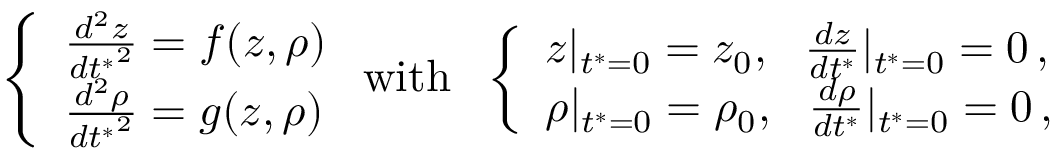
\left\{ \begin{array} { l l } { \frac { d ^ { 2 } z } { { d t ^ { * } } ^ { 2 } } = f ( z , \rho ) } \\ { \frac { d ^ { 2 } \rho } { { d t ^ { * } } ^ { 2 } } = g ( z , \rho ) } \end{array} \right. \mathrm { w i t h } \ \ \left\{ \begin{array} { l l } { z | _ { t ^ { * } = 0 } = z _ { 0 } , \ \ \frac { d z } { d t ^ { * } } | _ { t ^ { * } = 0 } = 0 \, , } \\ { \rho | _ { t ^ { * } = 0 } = \rho _ { 0 } , \ \ \frac { d \rho } { d t ^ { * } } | _ { t ^ { * } = 0 } = 0 \, , } \end{array} \right.